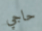
حاجي